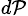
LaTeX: _{d\mathcal{P}}